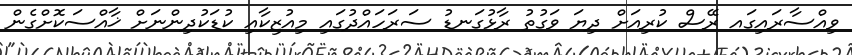
ވިއްސާރަައިގައ ރޭސް ކުރިއަށް ދިޔަ ވަގުތު ރާޅުގަނޑު ސަރަހައްދުގައި މިއުޒިކާއި ކުޑަކުދިންނަށް ޚާއްސަކޮށްގެން